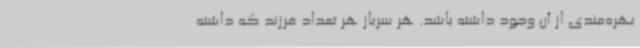
بهره‌مندی از آن وجود داشته باشد. هر سرباز هر تعداد فرزند که داشته